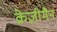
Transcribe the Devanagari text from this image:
क्रेज़ीमैन